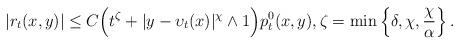
LaTeX: \begin{align*}|r_t(x,y)|\leq C\Big(t^\zeta+|y-\upsilon_t(x)|^\chi\wedge 1\Big)p_t^0(x,y),\zeta=\min\left\{\delta, \chi, {\chi\over \alpha}\right\}.\end{align*}